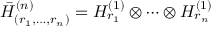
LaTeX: { \bar { \cal H } } _ { ( r _ { 1 } , \ldots , r _ { n } ) } ^ { ( n ) } = { \cal H } _ { r _ { 1 } } ^ { ( 1 ) } \otimes \cdots \otimes { \cal H } _ { r _ { n } } ^ { ( 1 ) }